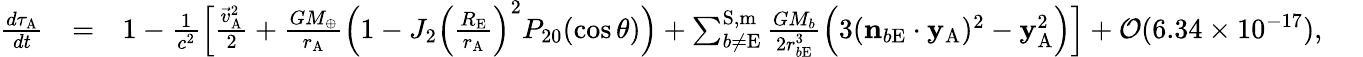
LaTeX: \begin{array}{rlr}{\frac{d\tau_{\mathrm{A}}}{dt}}&{=}&{1-\frac{1}{c^{2}}\Big[\frac{{\vec{v}}_{\mathrm{A}}^{2}}{2}+\frac{GM_{\oplus}}{r_{\mathrm{A}}}\Big(1-J_{2}\Big(\frac{R_{\mathrm{E}}}{r_{\mathrm{A}}}\Big)^{2}P_{20}(\cos\theta)\Big)+\sum_{b\not=\mathrm{E}}^{\mathrm{S,m}}\frac{GM_{b}}{2r_{b\mathrm{E}}^{3}}\Big(3(\boldsymbol{\mathrm{n}}_{b\mathrm{E}}\cdot\boldsymbol{\mathrm{y}}_{\mathrm{A}})^{2}-\boldsymbol{\mathrm{y}}_{\mathrm{A}}^{2}\Big)\Big]+{\cal O}(6.34\times 10^{-17}),~~~~~}\end{array}